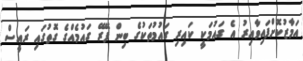
އަމާޒުކޮށްފައިވާއިރު އެ ގައުމަކީ ކައިރި ގައުމުތަކުގެ ބިން ފޭރޭ ގައުމެއްގެ ގޮތުގައި ރައީސް